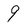
Character: 9